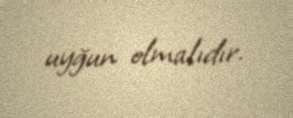
uyğun olmalıdır.